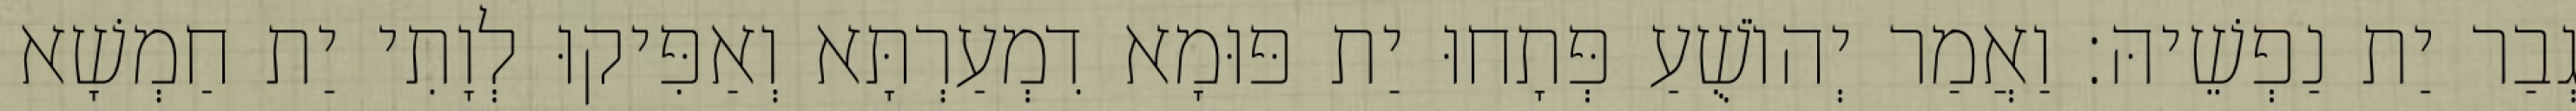
גְבַר יַת נַפְשֵׁיהּ׃ וַאֲמַר יְהוֹשֻׁעַ פְּתָחוּ יַת פּוּמָא דִמְעַרְתָּא וְאַפִּיקוּ לְוָתִי יַת חַמְשָׁא